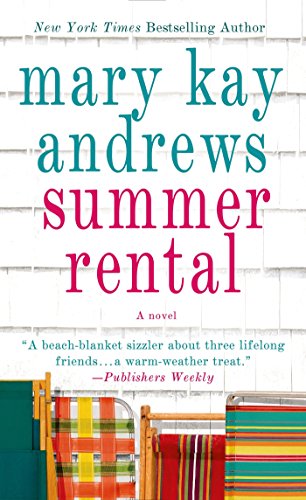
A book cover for Summer Rental: A Novel; Mary Kay Andrews; Literature & Fiction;